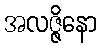
အလဇ္ဇိနော